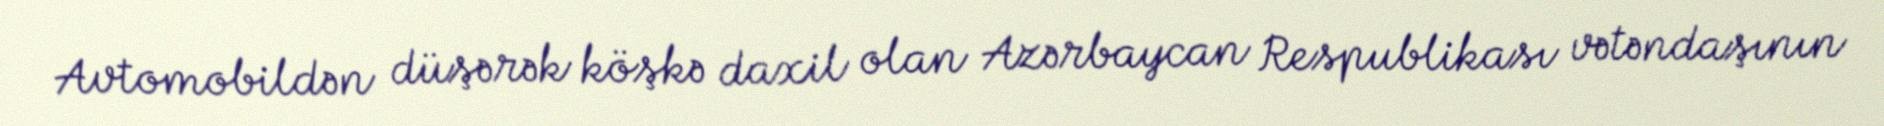
Avtomobildən düşərək köşkə daxil olan Azərbaycan Respublikası vətəndaşının